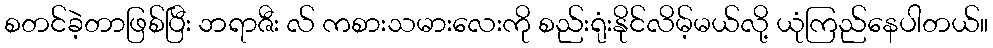
စတင်ခဲ့တာဖြစ်ပြီး ဘရာဇီး လ် ကစားသမားလေးကို စည်းရုံးနိုင်လိမ့်မယ်လို့ ယုံကြည်နေပါတယ်။